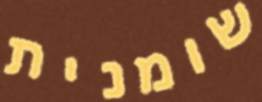
שומנית